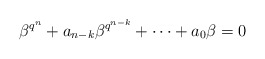
\begin{align*} \beta^{q^n}+a_{n-k}\beta^{q^{n-k}}+\cdots +a_0 \beta=0 \end{align*}